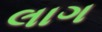
લાગ